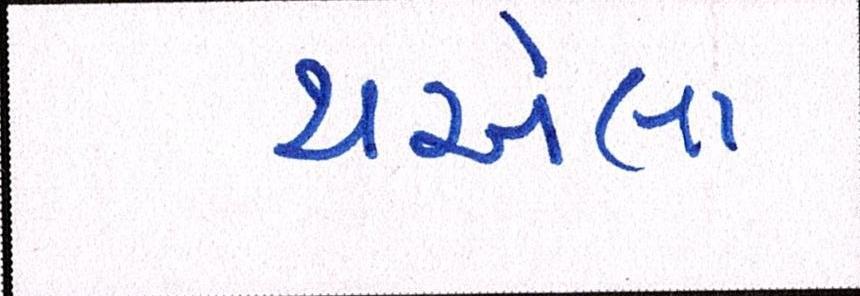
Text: થએલા